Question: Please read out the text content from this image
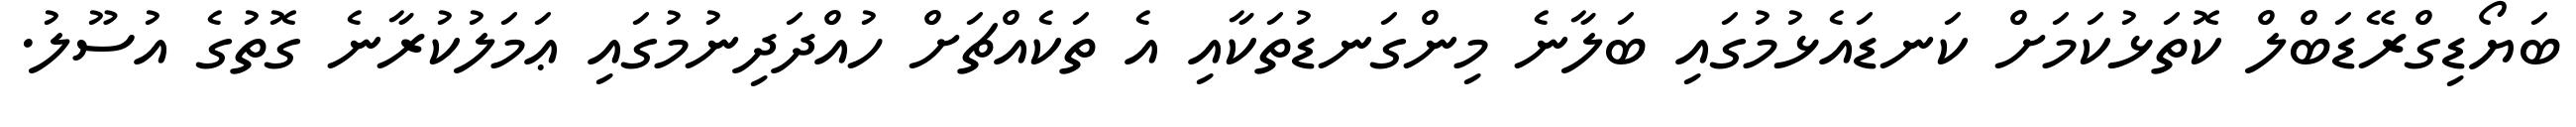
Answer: ބަޔޯޑިގްރޭޑަބްލް ކޮތަޅުކަމަށް ކަނޑައެޅުމުގައި ބަލާނެ މިންގަނޑުތަކާއި އެ ތަކެއްޗަށް ހުއްދަދިނުމުގައި ޢަމަލުކުރާނެ ގޮތުގެ އުސޫލު.